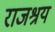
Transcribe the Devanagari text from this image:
राजश्रय